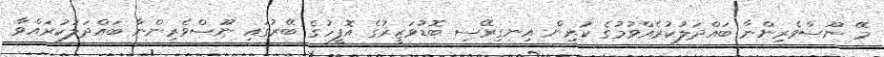
މޭ ނޫސްވެރިންނާ ބައްދަލުކުރެއްވުމުގެ ކުރިން އިނގިރޭސި ބޮޑުވަޒީރުގެ އޮފީހުގެ ބޭރުގައި ނޫސްވެރިންނާ ބައްދަލުކުރައްވާ